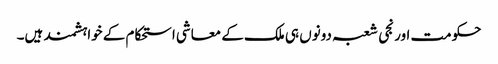
حکومت اور نجی شعبہ دونوں ہی ملک کے معاشی استحکام کے خواہشمند ہیں۔